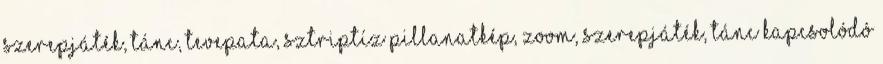
Szerepjáték, Tánc, Tevepata, Sztriptíz Pillanatkép, Zoom, Szerepjáték, Tánc KAPCSOLÓDÓ